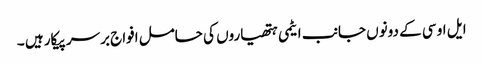
ایل او سی کے دونوں جانب ایٹمی ہتھیاروں کی حامل افواج برسر پیکار ہیں ۔